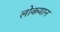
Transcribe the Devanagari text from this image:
लोकयान